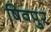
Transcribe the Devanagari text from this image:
षिवपुर